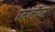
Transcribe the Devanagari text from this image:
एम्पलॉयर